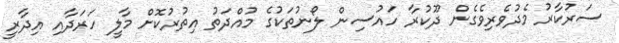
ސަރުކާރު މެދުވެރިވެގެން ދޫކުރާ ހައުސިން ލޯނުތަކުގެ މުއްދަތު އިތުރުކޮށް މާލީ ހަރަދާއި އިދާރީ